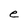
Character: e